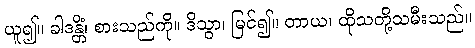
ယူ၍။ ခါဒန္တိံ၊ စားသည်ကို။ ဒိသွာ၊ မြင်၍။ တာယ၊ ထိုသတို့သမီးသည်။